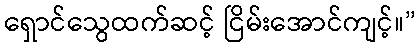
ရှောင်သွေထက်ဆင့် ငြိမ်းအောင်ကျင့်။”